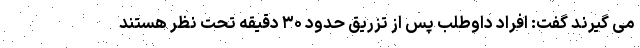
می گیرند گفت: افراد داوطلب پس از تزریق حدود ۳۰ دقیقه تحت نظر هستند